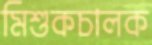
মিশুকচালক